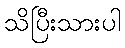
သိပြီးသားပါ